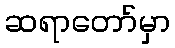
ဆရာတော်မှာ